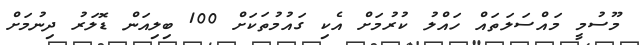
މޫސުމީ މައްސަލަތައް ހައްލު ކުރުމަށް އެކި ގައުމުތަކަށް 100 ބިލިއަން ޑޮލަރު ދިނުމަށް